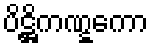
ပိဋ္ဌိကဏ္ဋကော